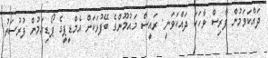
ދައްކަވަމުން ފާރިސް ވާހަކަ ދައްކަވަނީ: ރައީސް މައުމޫންގެ ބޭފުޅަކަށް އެމްޑީޕީގެ ޕޯޑިއަމުން ފުރުސަތު